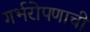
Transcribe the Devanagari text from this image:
गर्भरोपणाची